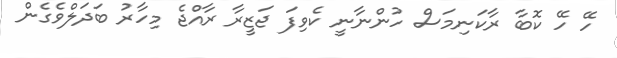
ހޭ ހޭ ކޮބާ ރާކަނިމަސް ހުންނާނީ ކެވިފަ ޖަޒީރާ ރާއްޖެ މިހާރު ބަދަލްވެގެން